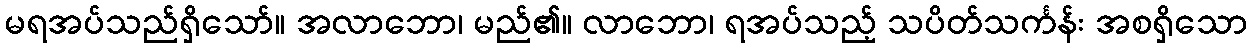
မရအပ်သည်ရှိသော်။ အလာဘော၊ မည်၏။ လာဘော၊ ရအပ်သည့် သပိတ်သင်္ကန်း အစရှိသော